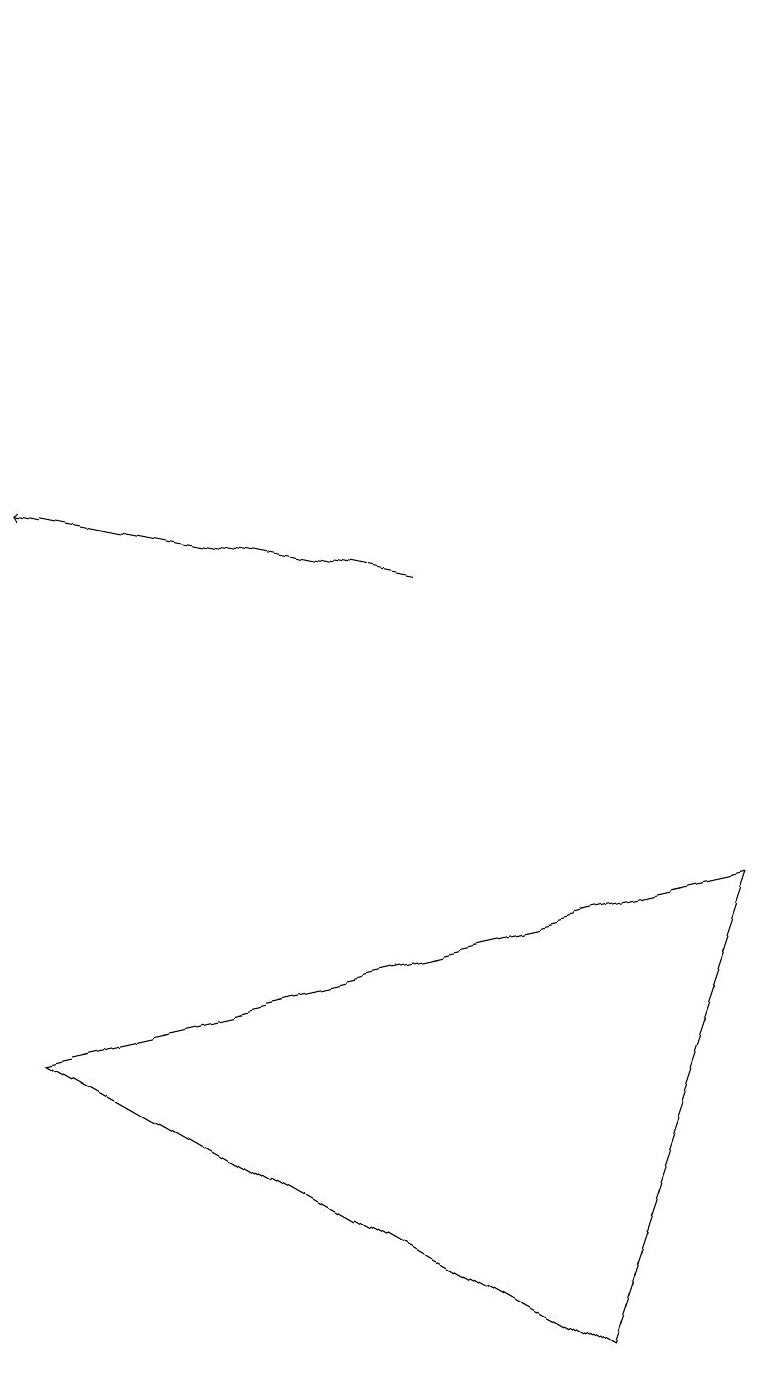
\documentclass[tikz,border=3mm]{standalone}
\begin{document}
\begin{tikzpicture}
\draw[->] (5,11) -- (0,12);
\draw (0,5) -- (7,1) -- (9,7) -- cycle;
\draw (1,18) rectangle (1,18);
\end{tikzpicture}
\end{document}